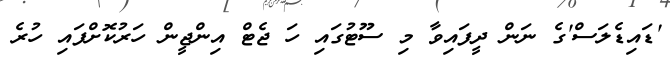
'ޑައިޑެލަސް'ގެ ނަން ދީފައިވާ މި ސޫޓުގައި ހަ ޖެޓް އިންޖީން ހަރުކޮށްފައި ހުރެ